Report on sanitation, dispensaries, and jails in Rajputana for 1913, and on vaccination for the year 1913-1914 - 1913-1914
Year: 1913
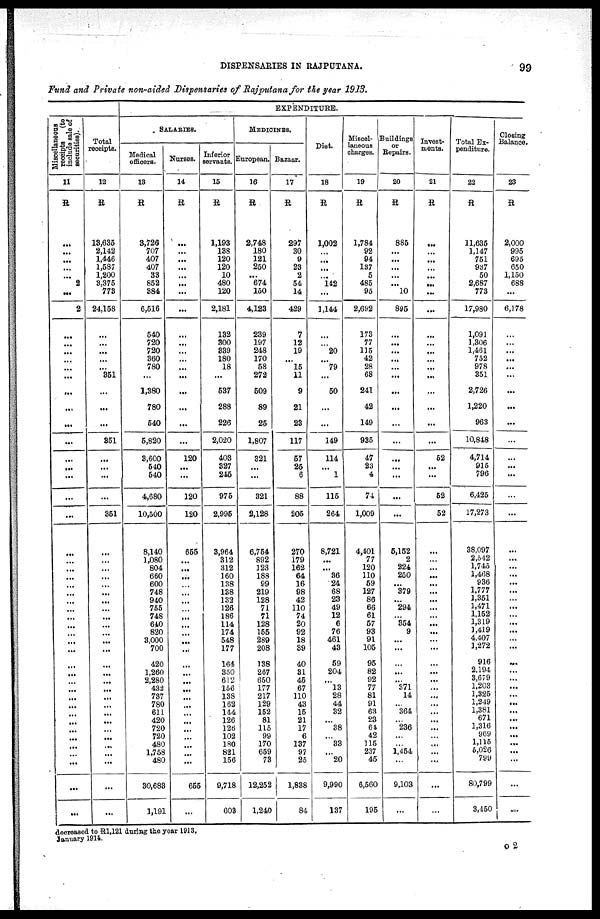
DISPENSARIES IN RAJPUTANA.
99
Fund and Private non-aided Dispensaries of Rajputana for the year 1913.
Miscellaneous
receipts
(to
include sale of
securities).
11
R
...
...
...
...
...
2
...
2
...
...
...
...
...
...
...
...
...
...
...
...
...
...
...
...
...
...
...
...
...
...
...
...
...
...
...
...
...
...
...
...
...
...
...
...
...
...
...
...
...
...
...
Total
receipts.
12
R
13,635
2,142
1,446
1,687
1,200
3,375
773
24,158
...
...
...
...
...
351
...
...
...
351
...
...
...
...
351
...
...
...
...
...
...
...
...
...
...
...
...
...
...
...
...
...
...
...
...
...
...
...
...
...
...
...
...
EXPENDITURE.
SALARIES.
Medical
officers.
13
R
3,726
707
407
407
33
852
384
6,516
540
720
720
360
780
...
1,380
780
540
5,820
3,600
540
540
4,680
10,500
8,140
1,080
804
660
600
748
940
765
748
640
820
3,000
700
420
1,260
2,280
432
737
780
611
420
720
720
480
1,758
480
30,683
1,191
Nurses.
14
R
...
...
...
...
...
...
...
...
...
...
...
...
...
...
...
...
...
...
120
...
...
120
120
655
...
...
...
...
...
...
...
...
...
...
...
...
...
...
...
...
...
...
...
...
...
...
...
...
...
655
...
Inferior
servants.
15
R
1,193
138
120
120
10
480
120
2,181
132
300
339
180
18
...
537
288
226
2,020
403
327
245
975
2,995
3,964
312
312
160
138
138
132
126
186
114
174
548
177
164
350
612
156
138
162
144
126
126
102
180
821
156
9,718
603
MEDICINES.
European.
16
R
2,748
180
121
250
...
674
150
4,123
239
197
248
170
58
272
509
89
25
1,807
321
...
...
321
2,128
6,754
892
123
188
99
219
128
71
71
128
155
289
208
138
267
650
177
217
129
152
81
115
99
170
659
73
12,252
1,240
Bazaar.
17
R
297
30
9
23
2
54
14
429
7
12
19
...
15
11
9
21
23
117
57
25
6
88
205
270
179
162
64
16
98
42
110
74
20
92
18
39
40
31
45
67
110
43
15
21
17
6
137
97
25
1,838
84
Diet.
18
R
1,002
...
...
...
...
142
...
1,144
...
...
20
...
79
...
50
...
...
149
114
...
1
115
264
8,721
...
...
36
24
68
23
49
12
6
76
461
43
59
204
...
13
28
44
32
...
38
...
33
...
20
9,990
137
Miscel-
laneous
charges.
19
R
1,784
92
94
137
5
485
95
2,692
173
77
115
42
28
68
241
42
149
935
47
23
4
74
1,009
4,401
77
120
110
59
127
86
66
61
57
93
91
105
95
82
92
77
81
91
63
23
64
42
115
237
45
6,560
195
Buildings
or
Repairs.
20
R
885
...
...
...
...
...
10
895
...
...
...
...
...
...
...
...
...
...
...
...
...
...
...
5,152
2
224
250
...
379
...
294
...
354
9
...
...
...
...
...
371
14
...
364
...
236
...
...
1,464
...
9,103
...
Invest-
ments.
21
R
...
...
...
...
...
...
...
...
...
...
...
...
...
...
...
...
...
...
52
...
...
52
52
...
...
...
...
...
...
...
...
...
...
...
...
...
...
...
...
...
...
...
...
...
...
...
...
...
...
...
...
Total Ex-
penditure.
22
R
11,635
1,147
751
937
50
2,687
773
17,980
1,091
1,306
1,461
752
978
351
2,726
1,220
963
10,848
4,714
915
796
6,425
17,273
38,097
2,542
1,745
1,408
936
1,777
1,351
1,471
1,152
1,319
1,419
4,407
1,272
916
2,194
3,679
1,203
1,325
1,249
1,381
671
1,316
969
1,115
6,026
799
80,799
3,450
Closing
Balance.
23
R
2,000
995
695
650
1,150
688
...
6,178
...
...
...
...
...
...
...
...
...
...
...
...
...
...
...
...
...
...
...
...
...
...
...
...
...
...
...
...
...
...
...
...
...
...
...
...
...
...
...
...
...
...
...
decreased to R1,121 during the year 1913.
January 1914.
O 2